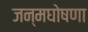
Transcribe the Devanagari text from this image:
जन्मघोषणा